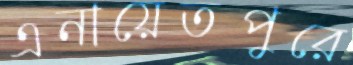
এনায়েতপুরে